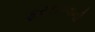
ફરકાવવાની